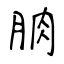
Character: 朒